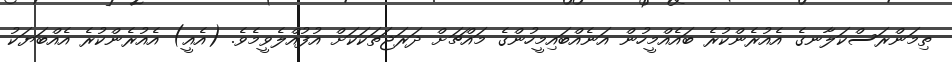
ތިމަންރަސްކަލާނގެ އެއުރެންކުރެ ބައެއްމީހުން އަނެއްބައިމީހުންގެ މައްޗަށް ދަރަޖަތަކަކަށް އުފުއްލެވީމެވެ. (އެއީ) އެއުރެންކުރެ އެއްބަޔަކު